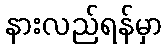
နားလည်ရန်မှာ